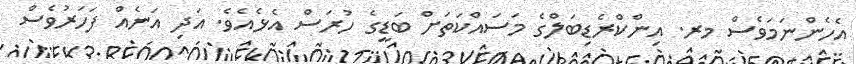
އެހެންނަމަވެސް މރ. އިންކްރެޑިބަލްގެ މަސައްކަތަށް ބަޑީގެ ހުރަސް އެޅެއެވެ. އަދި އަނެއް ފަހަރުވެސް